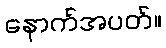
နောက်အပတ်။